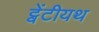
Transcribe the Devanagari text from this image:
ट्वेंटीयथ